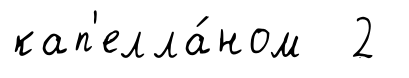
кап'елла́ном 2